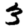
Digit: 3